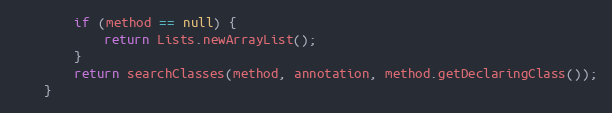
Language: Java
        if (method == null) {
            return Lists.newArrayList();
        }
        return searchClasses(method, annotation, method.getDeclaringClass());
    }